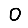
Digit: 0